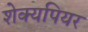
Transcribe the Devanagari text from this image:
शेक्यपियर